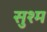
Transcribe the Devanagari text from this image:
सुश्म